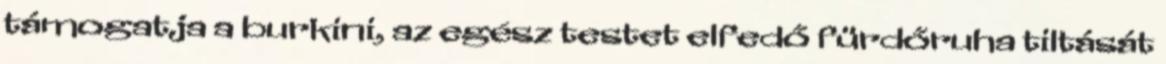
támogatja a burkini, az egész testet elfedő fürdőruha tiltását